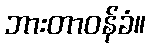
ဘားတာဝန်ခံ။